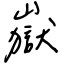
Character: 嶽